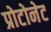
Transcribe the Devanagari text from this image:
प्रोटोनेट